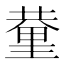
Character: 𨤬